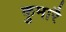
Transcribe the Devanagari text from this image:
कुमारै